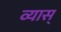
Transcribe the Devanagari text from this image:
व्यास्